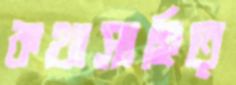
কথাসাহিত্